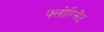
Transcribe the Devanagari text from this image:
फ्लोरिसैंट